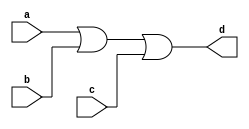
`timescale 1ns / 1ps
//////////////////////////////////////////////////////////////////////////////////
// Company: 
// Engineer: 
// 
// Design Name: 
// Module Name: three_input_or_gate_a
// Project Name: 
// Target Devices: 
// Tool Versions: 
// Description: 
// 
// Dependencies: 
// 
// Revision:
// Revision 0.01 - File Created
// Additional Comments:
// 
//////////////////////////////////////////////////////////////////////////////////


module three_input_or_gate_a(
    input a, b, c,
    output d
    );
    assign d = a|b|c;
endmodule